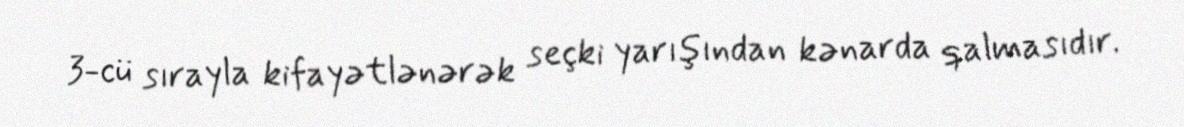
3-cü sırayla kifayətlənərək seçki yarışından kənarda qalmasıdır.